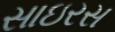
સાઇરસ